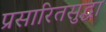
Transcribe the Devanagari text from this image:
प्रसारितसुद्धा